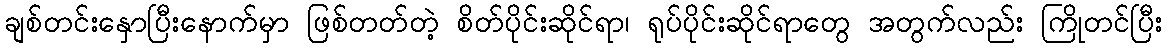
ချစ်တင်းနှောပြီးနောက်မှာ ဖြစ်တတ်တဲ့ စိတ်ပိုင်းဆိုင်ရာ၊ ရုပ်ပိုင်းဆိုင်ရာတွေ အတွက်လည်း ကြိုတင်ပြီး